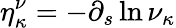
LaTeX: \eta_{\kappa}^{\nu}=-\partial_{s}\ln\nu_{\kappa}